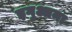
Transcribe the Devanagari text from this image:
इगुआना